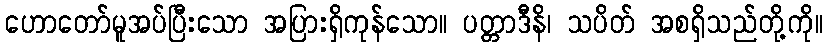
ဟောတော်မူအပ်ပြီးသော အပြားရှိကုန်သော။ ပတ္တာဒီနိ၊ သပိတ် အစရှိသည်တို့ကို။